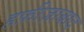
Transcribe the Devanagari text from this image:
हफ़ीज़ाबाद